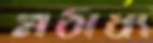
মঠাধ্য